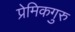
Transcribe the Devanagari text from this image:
प्रेमिकगुरु